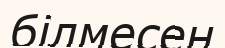
білмесең